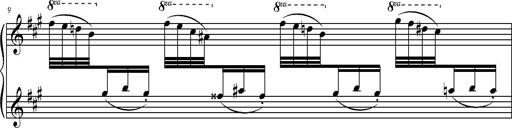
Title: 2 LÃ©gendes
Composer: Franz Liszt